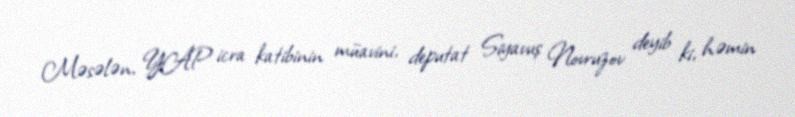
Məsələn, YAP icra katibinin müavini, deputat Siyavuş Novruzov deyib ki, həmin